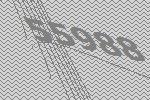
55988